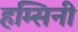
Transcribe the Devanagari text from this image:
हम्सिनी